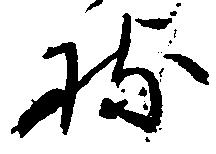
持